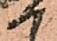
か